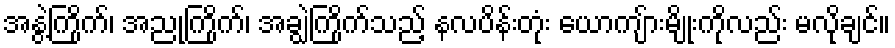
အနွဲ့ကြိုက်၊ အညုကြိုက်၊ အချွဲကြိုက်သည့် နလပိန်းတုံး ယောကျ်ားမျိုးကိုလည်း မလိုချင်။